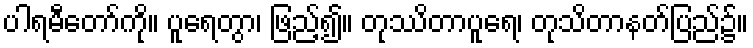
ပါရမီတော်ကို။ ပူရေတွာ၊ ဖြည့်၍။ တုဿိတာပူရေ၊ တုသိတာနတ်ပြည်၌။